Vaccination North-Western Provinces and Oudh 1878-1895 - 1878-1895
Year: 1878
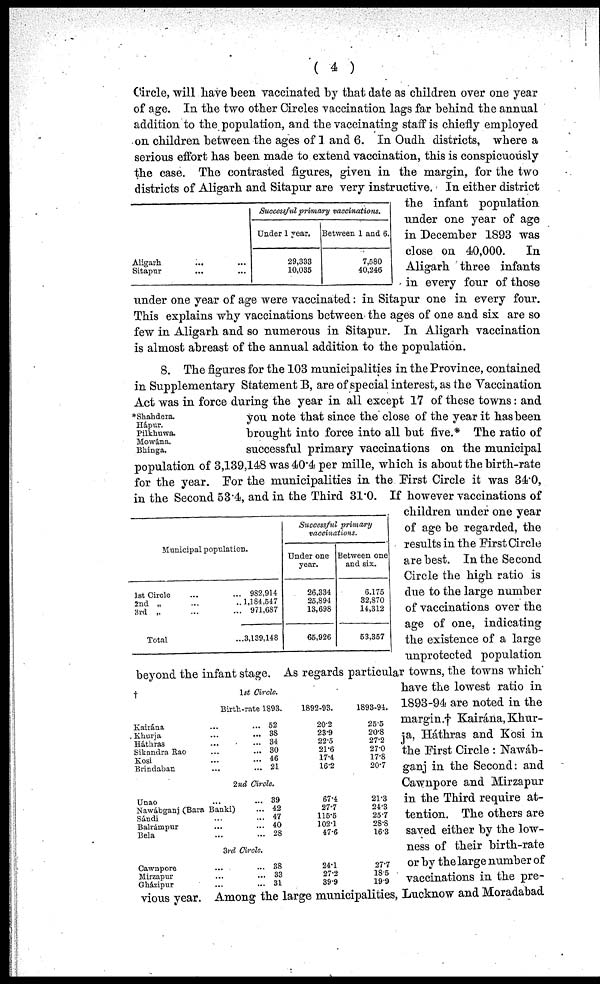
( 4 )
Aligarh
... ...
Sitapur ... ...
Successful primary vaccinations.
Under 1 year.
29,333
10,035
Between 1 and 6.
7,580
40,246
Circle, will have been vaccinated by that date as children over one year
of age. In the two other Circles vaccination lags far behind the annual
addition to the population, and the vaccinating staff is chiefly employed
on children between the ages of 1 and 6. In Oudh districts, where a
serious effort has been made to extend vaccination, this is conspicuously
the case. The contrasted figures, given in the margin, for the two
districts of Aligarh and Sitapur are very instructive. In either district
the infant population
under one year of age
in December 1893 was
close on 40,000.
In
Aligarh three infants
in every four of those
under one year of age were vaccinated: in Sitapur one in every four.
This explains why vaccinations between the ages of one and six are so
few in Aligarh and so numerous in Sitapur. In Aligarh vaccination
is almost abreast of the annual addition to the population.
*Shahdera.
Hápur.
Pilkhuwa.
Mowána.
Bhinga.
Municipal population.
1st Circle
...
...
2nd „
...
...
3rd
„
...
...
Total
...
982,914
1,184,547
971,687
3,139,148
Successful primary
vaccinations.
Under one
year.
26,334
25,894
13,698
65,926
Between one
and six.
6,175
32,870
14,312
53,357
†
1st Circle.
Kairána
Khurja
Háthras
Sikandra Rao
Kosi
Brindaban
Birth-rate 1893.
...
...
...
...
...
...
...
...
...
...
...
...
52
38
34
30
46
21
1892-93.
20.2
23.9
22.5
21.6
17.4
16.2
1893-94.
25.5
20.8
27.2
27.0
17.8
20.7
2nd Circle.
Unao
...
Nawábganj (Bara Banki)
Sándi
Balrámpur
Bela
...
...
...
...
...
...
...
...
39
42
47
40
28
67.4
27.7
115.5
102.1
47.6
21.3
24.3
25.7
28.8
16.3
3rd Circle.
Cawnpore
Mirzapur
Gházipur
...
...
...
...
...
...
38
33
31
24.1
27.2
39.9
27.7
18.5
19.9
8. The figures for the 103 municipalities in the Province, contained
in Supplementary Statement B, are of special interest, as the Vaccination
Act was in force during the year in all except 17 of these towns: and
you note that since the close of the year it has been
brought into force into all but five.* The ratio of
successful primary vaccinations on the municipal
population of 3,139,148 was 40.4 per mille, which is about the birth-rate
for the year. For the municipalities in the First Circle it was 34.0,
in the Second 53.4, and in the Third 31.0. If however vaccinations of
children under one year
of age be regarded, the
results in the First Circle
are best. In the Second
Circle the high ratio is
due to the large number
of vaccinations over the
age of one, indicating
the existence of a large
unprotected population
beyond the infant stage. As regards particular towns, the towns which
have the lowest ratio in
1893-94 are noted in the
margin.† Kairána, Khur¬
ja, Háthras and Kosi in
the First Circle : Nawáb-
ganj in the Second: and
Cawnpore and Mirzapur
in the Third require at-
tention. The others are
saved either by the low¬
ness of their birth-rate
or by the large number of
vaccinations in the pre-
vious year. Among the large municipalities, Lucknow and Moradabad